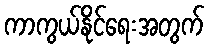
ကာကွယ်နိုင်ရေးအတွက်